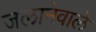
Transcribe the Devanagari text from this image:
जलानेवाले